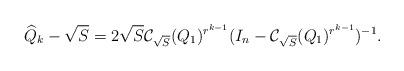
LaTeX: \begin{align*}\widehat{Q}_k-\sqrt{S}&=2\sqrt{S}\mathcal{C}_{\sqrt{S}}({Q}_1)^{r^{k-1}}(I_n-\mathcal{C}_{\sqrt{S}}({Q}_1)^{r^{k-1}})^{-1}.\end{align*}